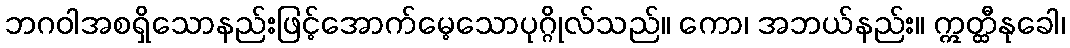
ဘဂဝါအစရှိသောနည်းဖြင့်အောက်မေ့သောပုဂ္ဂိုလ်သည်။ ကော၊ အဘယ်နည်း။ ဣတ္ထီနုခေါ၊